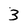
Character: 3